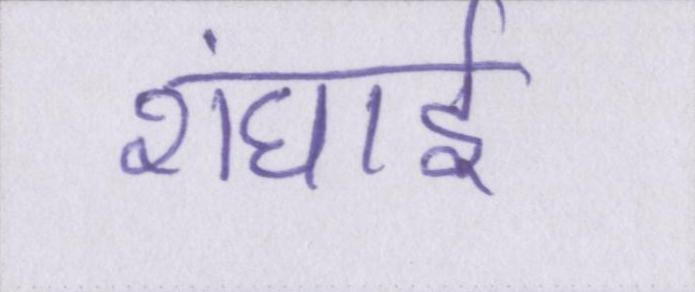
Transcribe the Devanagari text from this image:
शंघाई